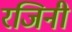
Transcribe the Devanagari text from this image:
रजिनी